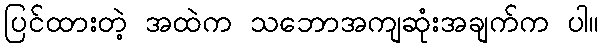
ပြင်ထားတဲ့ အထဲက သဘောအကျဆုံးအချက်က ပါ။